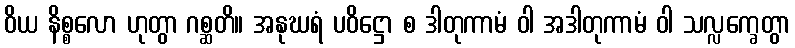
ဝိယ နိစ္စလော ဟုတွာ ဂစ္ဆတိ။ အနုဃရံ ပဝိဋ္ဌော စ ဒါတုကာမံ ဝါ အဒါတုကာမံ ဝါ သလ္လက္ခေတွာ